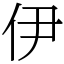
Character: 伊